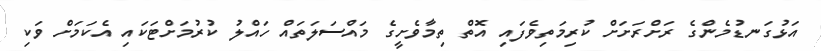
އަޅުގަނޑުމެންގެ ރަށްރަށަށް ކުރިމަތިވެފައި އޮތް ތިމާވެށީގެ މައްސަލަތައް ހައްލު ކުރުމަށްޓަކައި އެކަމަށް ވަކި